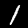
Digit: 1